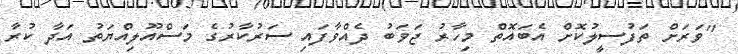
"ވަރަށް ތަފުސީލުކޮށް އެބައޮތް މިހާރު ޖަވަބު ދެއްވާފައި ސަރުކާރުގެ މަސްއޫލިއްޔަތު އަދާ ކުރާ